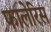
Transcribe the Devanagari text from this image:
फालेरिस